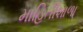
માહિતીશાળા